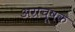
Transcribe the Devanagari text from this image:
अग्रचूषक